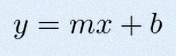
y=mx+b